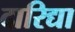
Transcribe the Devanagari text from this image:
दारिद्या